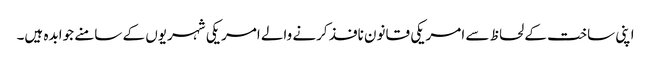
اپنی ساخت کے لحاظ سے امریکی قانون نافذ کرنے والے امریکی شہریوں کے سامنے جوابدہ ہیں۔